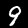
Label: 9